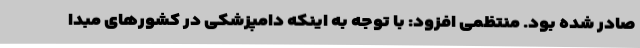
صادر شده بود. منتظمی افزود: با توجه به اینکه دامپزشکی در کشورهای مبدا